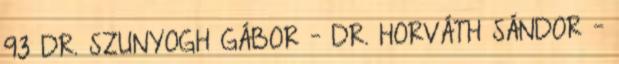
93 DR. SZUNYOGH GÁBOR – DR. HORVÁTH SÁNDOR –